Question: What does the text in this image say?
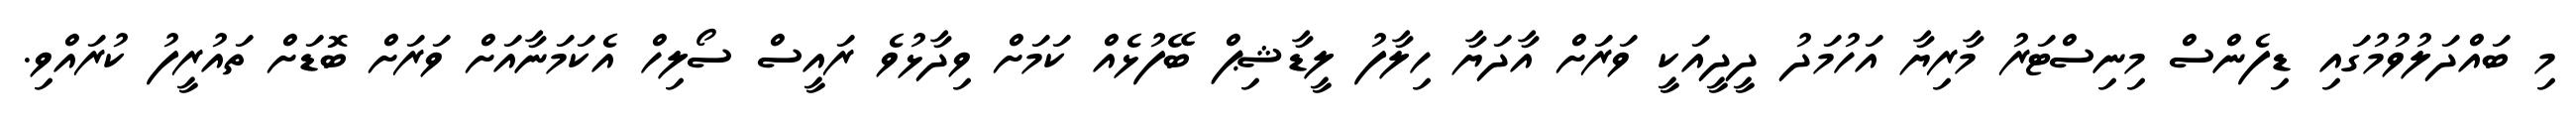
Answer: މި ބައްދަލުވުމުގައި ޑިފެންސް މިނިސްޓަރު މާރިޔާ އަހުމަދު ދީދީއަކީ ވަރަށް އާދަޔާ ހިލާފު ލީޑާޝިޕް ބޭފުޅެއް ކަމަށް ވިދާޅުވެ ރައީސް ސޯލިހް އެކަމަނާއަށް ވަރަށް ބޮޑަށް ތައުރީފު ކުރައްވި.